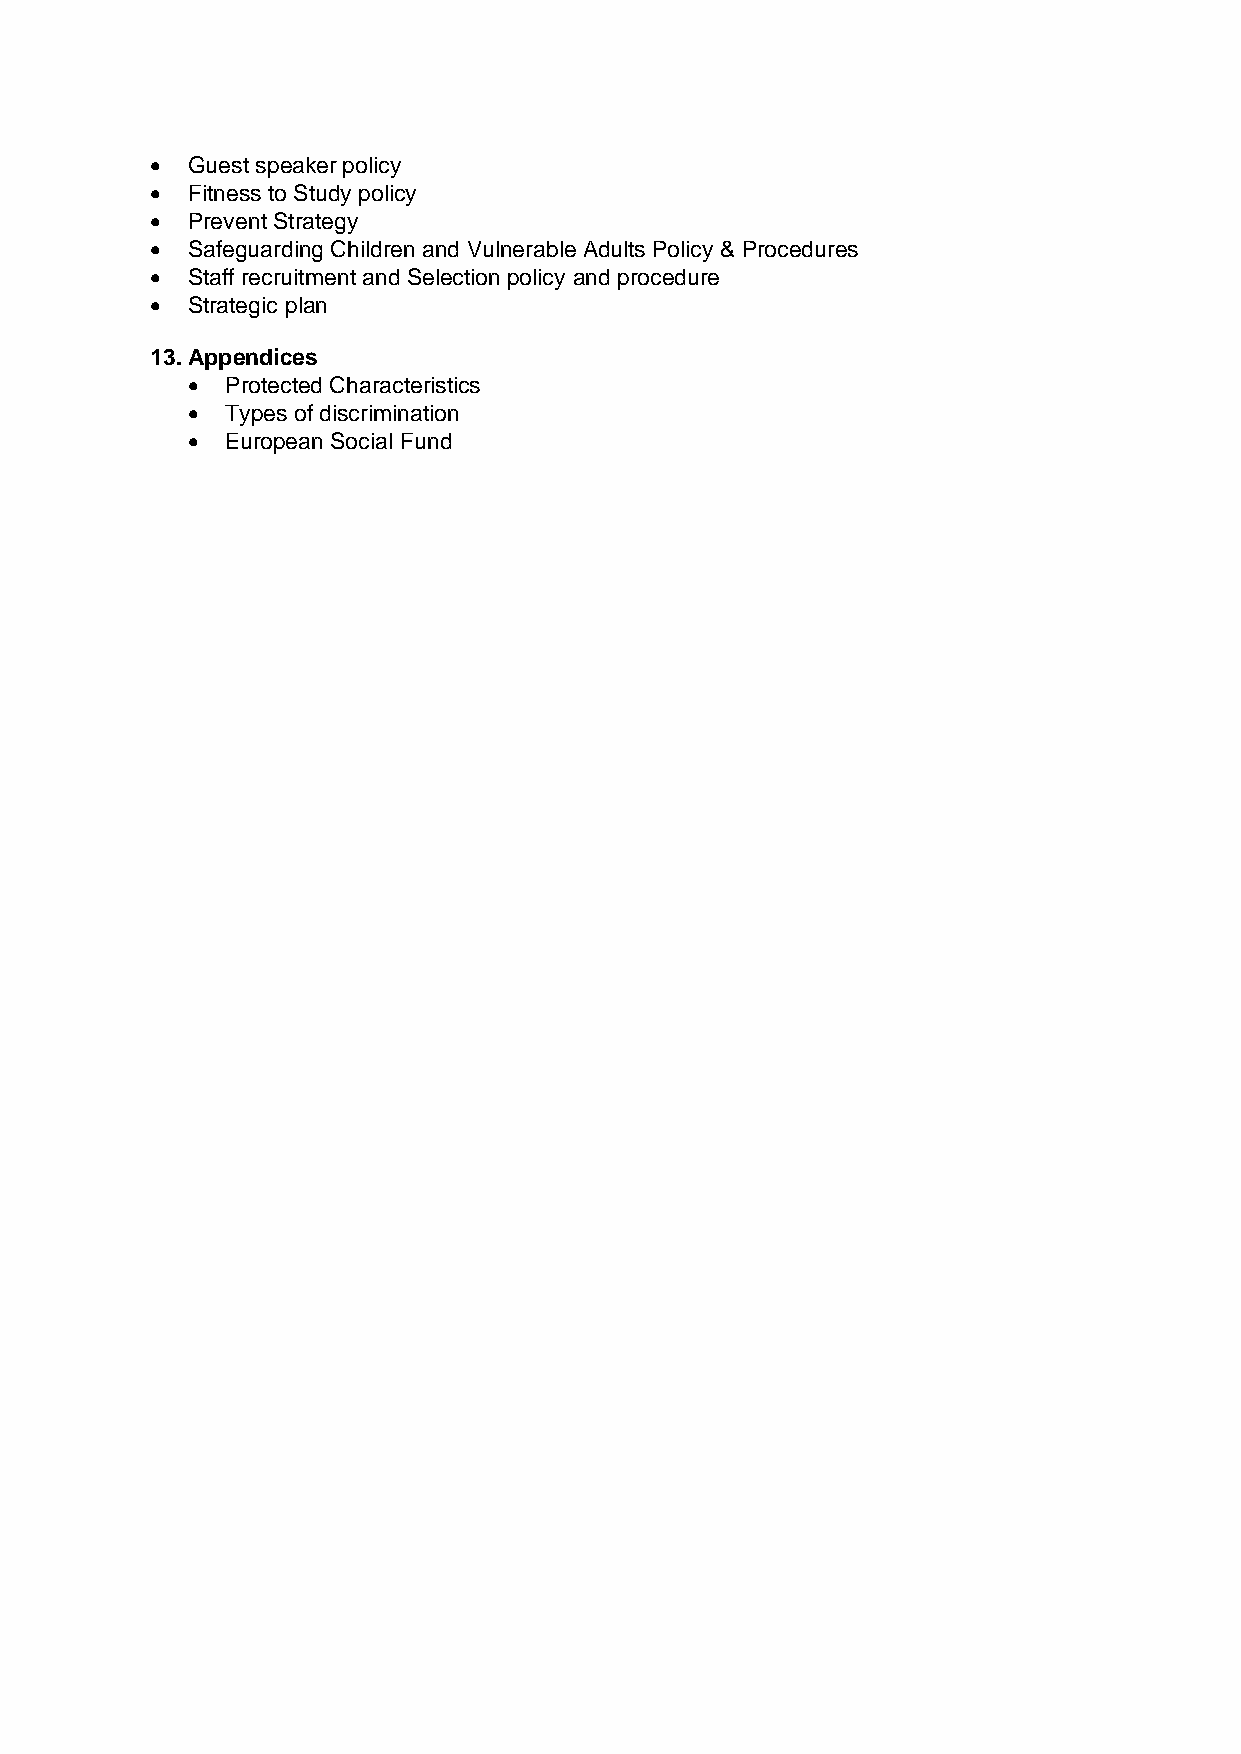
• Guest speaker policy
 • Fitness to Study policy
 • Prevent Strategy
 • Safeguarding Children and Vulnerable Adults Policy & Procedures
 • Staff recruitment and Selection policy and procedure
 • Strategic plan
 13. Appendices
 •  Protected Characteristics
 •  Types of discrimination
 •  European Social Fund